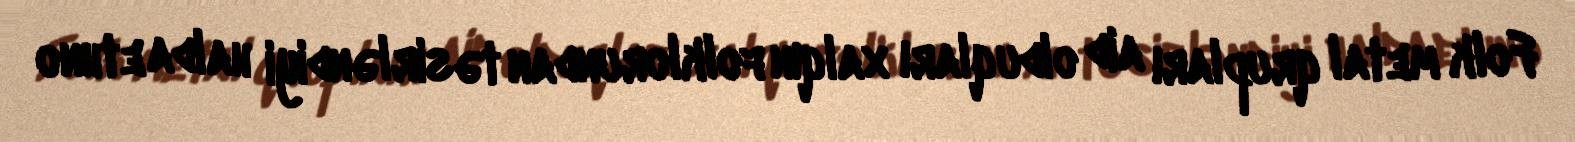
Folk metal qrupları aid olduqları xalqın folklorundan təsirləndiyi halda ethno